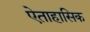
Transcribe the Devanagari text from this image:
ऐताहासिक